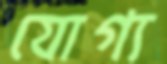
যোগ্য